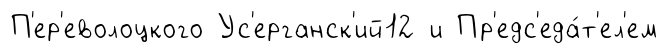
П'ер'еволоцкого Ус'ерганск'ий12 и Пр'едс'еда́т'ел'ем